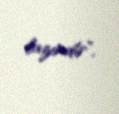
lazımdır”.